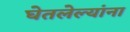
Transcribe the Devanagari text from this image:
घेतलेल्यांना